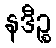
နဒီဉ္စ